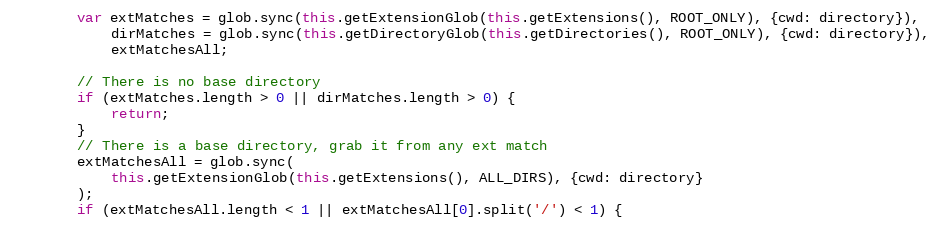
Language: JavaScript
        var extMatches = glob.sync(this.getExtensionGlob(this.getExtensions(), ROOT_ONLY), {cwd: directory}),
            dirMatches = glob.sync(this.getDirectoryGlob(this.getDirectories(), ROOT_ONLY), {cwd: directory}),
            extMatchesAll;

        // There is no base directory
        if (extMatches.length > 0 || dirMatches.length > 0) {
            return;
        }
        // There is a base directory, grab it from any ext match
        extMatchesAll = glob.sync(
            this.getExtensionGlob(this.getExtensions(), ALL_DIRS), {cwd: directory}
        );
        if (extMatchesAll.length < 1 || extMatchesAll[0].split('/') < 1) {